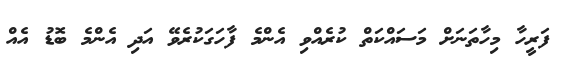
ފަރީހާ މިހާތަނަށް މަސައްކަތް ކުރެއްވި އެންމެ ފާހަގަކުރެވޭ އަދި އެންމެ ބޮޑު އެއް